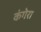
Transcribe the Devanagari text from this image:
कंगेरा